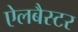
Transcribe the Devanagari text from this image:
ऐलबैस्टर